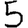
Digit: 5